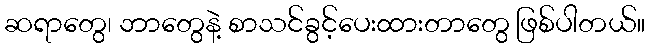
ဆရာတွေ၊ ဘာတွေနဲ့ စာသင်ခွင့်ပေးထားတာတွေ ဖြစ်ပါတယ်။